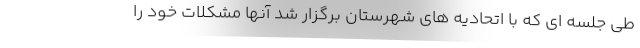
طی جلسه ای که با اتحادیه های شهرستان برگزار شد آنها مشکلات خود را